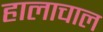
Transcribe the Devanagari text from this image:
हालाचाल